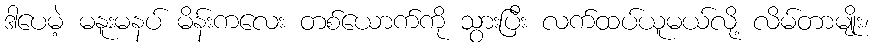
ဒါပေမဲ့ မနူးမနပ် မိန်းကလေး တစ်ယောက်ကို သွားပြီး လက်ထပ်ယူမယ်လို့ လိမ်တာမျိုး၊